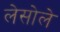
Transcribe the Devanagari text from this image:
लेसोले